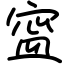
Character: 寍